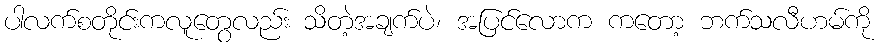
ပါလက်စတိုင်းကလူတွေလည်း သိတဲ့အချက်ပဲ၊ အပြင်လောက ကတော့ ဘက်သလီဟမ်ကို